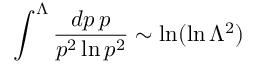
\int ^ { \Lambda } { \frac { d p \, p } { p ^ { 2 } \ln p ^ { 2 } } } \sim \ln ( \ln \Lambda ^ { 2 } )